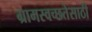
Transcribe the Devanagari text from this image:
ग्रामस्वच्छतेसाठी